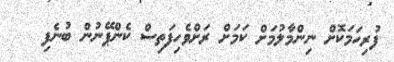
ފުރިހަމަކޮށް ނިންމާލުމަށް ކަމަށް ރަށްވެހިފަތިސް ކެންޕޭނުން ބުނެފި